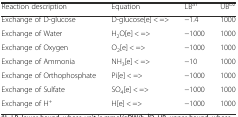
<table><thead><tr><td><b>Reaction description</b></td><td><b>Equation</b></td><td><b>LB<sup>a1</sup></b></td><td><b>UB<sup>b2</sup></b></td></tr></thead><tbody><tr><td>Exchange of D-glucose</td><td>D-glucose[e] &lt; =&gt;</td><td>−1.4</td><td>1000</td></tr><tr><td>Exchange of Water</td><td>H<sub>2</sub>O[e] &lt; =&gt;</td><td>−1000</td><td>1000</td></tr><tr><td>Exchange of Oxygen</td><td>O<sub>2</sub>[e] &lt; =&gt;</td><td>−1000</td><td>1000</td></tr><tr><td>Exchange of Ammonia</td><td>NH<sub>3</sub>[e] &lt; =&gt;</td><td>−10</td><td>1000</td></tr><tr><td>Exchange of Orthophosphate</td><td>Pi[e] &lt; =&gt;</td><td>−1000</td><td>1000</td></tr><tr><td>Exchange of Sulfate</td><td>SO<sub>4</sub>[e] &lt; =&gt;</td><td>−1000</td><td>1000</td></tr><tr><td>Exchange of H<sup>+</sup></td><td>H[e] &lt; =&gt;</td><td>−1000</td><td>1000</td></tr></tbody></table>